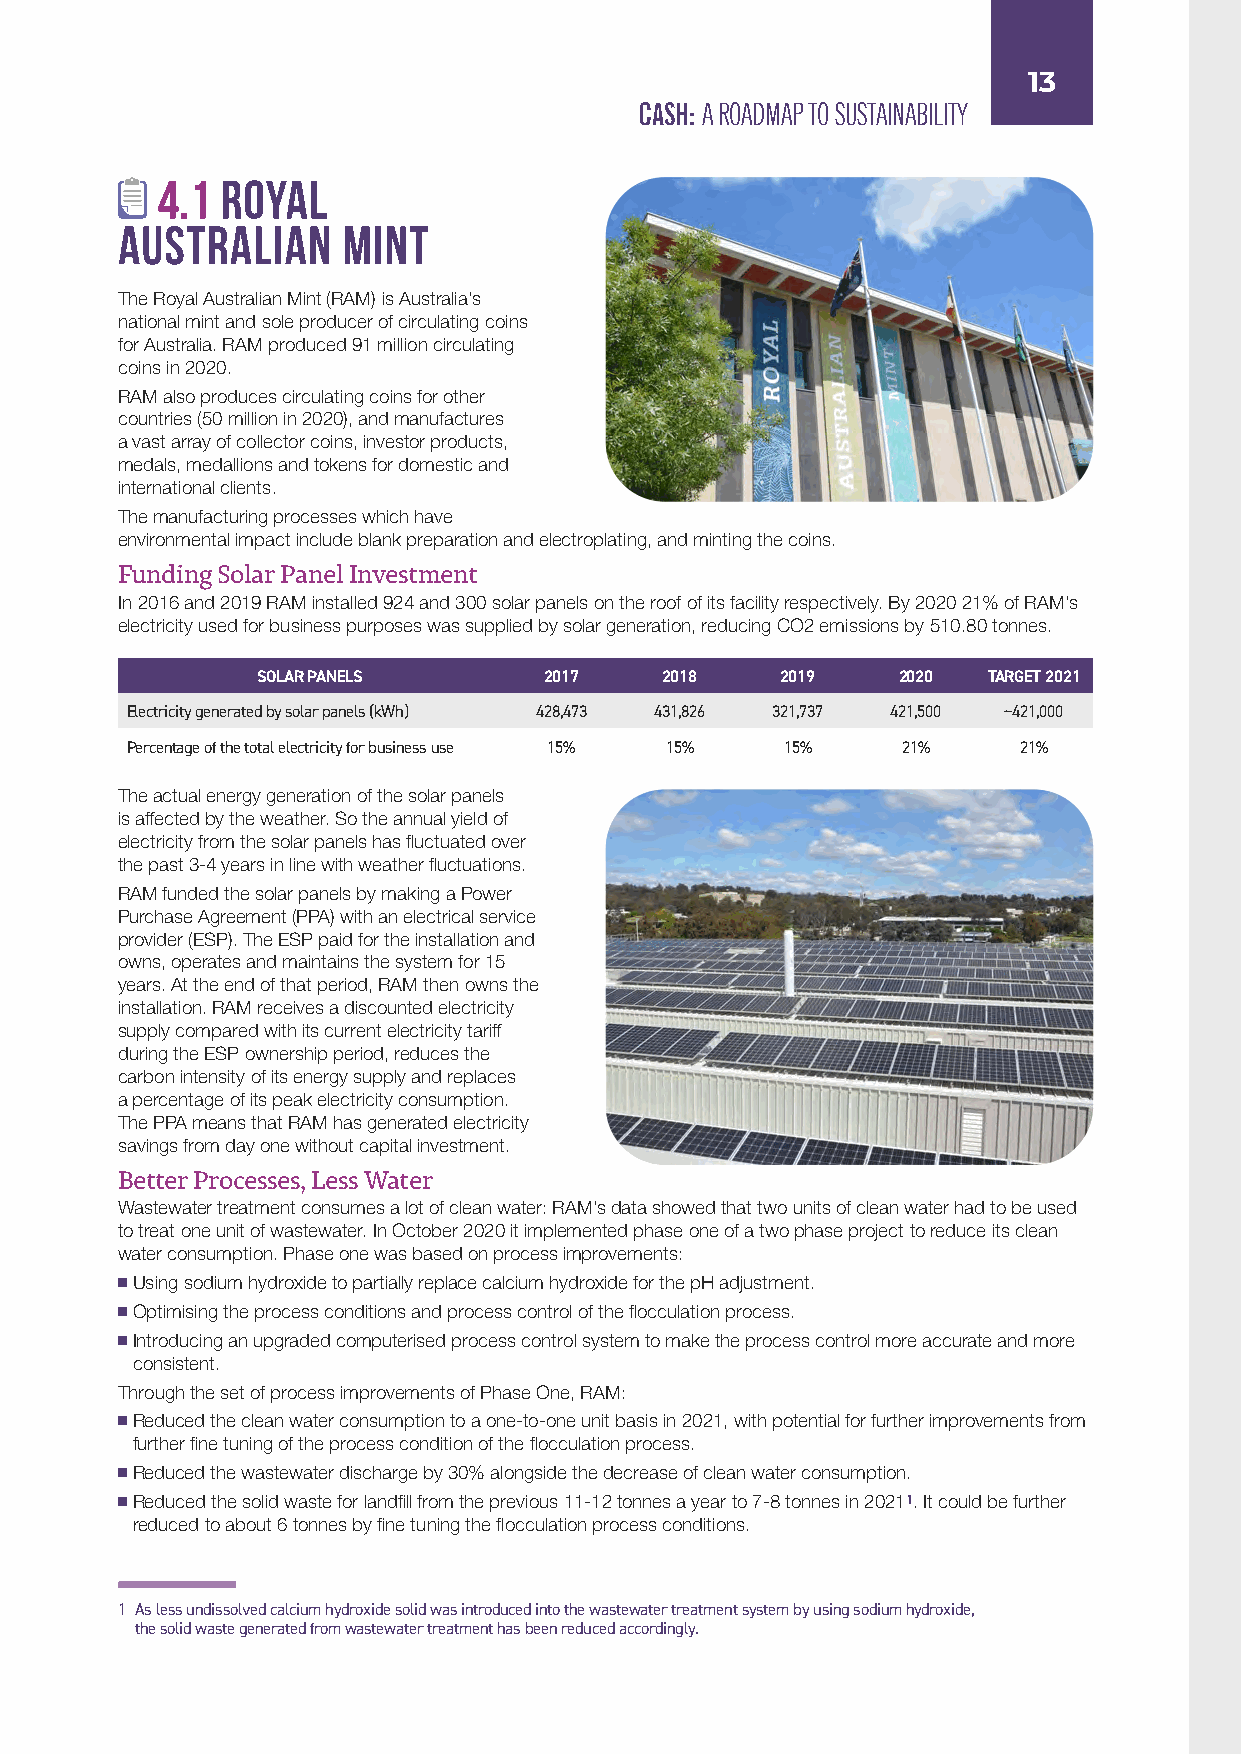
13
 CASH: A ROADMAP TO SUSTAINABILITY
 4.1  Royal
 Australian     Mint
 The Royal Australian Mint (RAM) is Australia’s
 national mint and sole producer of circulating coins
 for Australia. RAM produced 91 million circulating
 coins in 2020.
 RAM also produces circulating coins for other
 countries (50 million in 2020), and manufactures
 a vast array of collector coins, investor products,
 medals, medallions and tokens for domestic and
 international clients.
 The manufacturing processes which have
 environmental impact include blank preparation and electroplating, and minting the coins.
 Funding Solar Panel Investment
 In 2016 and 2019 RAM installed 924 and 300 solar panels on the roof of its facility respectively. By 2020 21% of RAM’s
 electricity used for business purposes was supplied by solar generation, reducing CO2 emissions by 510.80 tonnes.
 SOLAR PANELS       2017    2018    2019   2020  TARGET 2021
 Electricity generated by solar panels (kWh) 428,473 431,826 321,737 421,500 ~421,000
 Percentage of the total electricity for business use 15% 15% 15% 21% 21%
 The actual energy generation of the solar panels
 is affected by the weather. So the annual yield of
 electricity from the solar panels has fluctuated over
 the past 3-4 years in line with weather fluctuations.
 RAM funded the solar panels by making a Power
 Purchase Agreement (PPA) with an electrical service
 provider (ESP). The ESP paid for the installation and
 owns, operates and maintains the system for 15
 years. At the end of that period, RAM then owns the
 installation. RAM receives a discounted electricity
 supply compared with its current electricity tariff
 during the ESP ownership period, reduces the
 carbon intensity of its energy supply and replaces
 a percentage of its peak electricity consumption.
 The PPA means that RAM has generated electricity
 savings from day one without capital investment.
 Better Processes, Less Water
 Wastewater treatment consumes a lot of clean water: RAM’s data showed that two units of clean water had to be used
 to treat one unit of wastewater. In October 2020 it implemented phase one of a two phase project to reduce its clean
 water consumption. Phase one was based on process improvements:
 Using sodium hydroxide to partially replace calcium hydroxide for the pH adjustment.
 Optimising the process conditions and process control of the flocculation process.
 Introducing an upgraded computerised process control system to make the process control more accurate and more
 consistent.
 Through the set of process improvements of Phase One, RAM:
 Reduced the clean water consumption to a one-to-one unit basis in 2021, with potential for further improvements from
 further fine tuning of the process condition of the flocculation process.
 Reduced the wastewater discharge by 30% alongside the decrease of clean water consumption.
 Reduced the solid waste for landfill from the previous 11-12 tonnes a year to 7-8 tonnes in 20211. It could be further
 reduced to about 6 tonnes by fine tuning the flocculation process conditions.
 1 As less undissolved calcium hydroxide solid was introduced into the wastewater treatment system by using sodium hydroxide,
 the solid waste generated from wastewater treatment has been reduced accordingly.